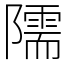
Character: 隭